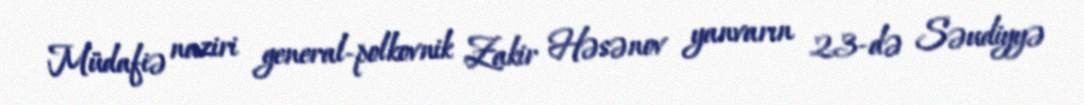
Müdafiə naziri general-polkovnik Zakir Həsənov yanvarın 23-də Səudiyyə